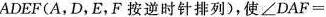
ADEF(A，D，E，F按逆时针排列)，使$$ ∠ D A F =$$